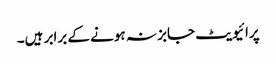
پرائیویٹ جابز نہ ہونے کے برابر ہیں۔